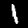
Digit: 1